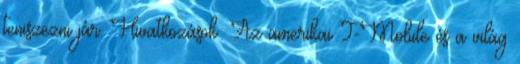
teniszezni jár. Hivatkozások: Az amerikai T-Mobile és a világ